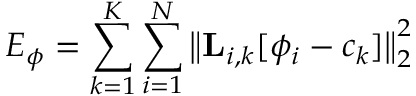
E _ { \phi } = \sum _ { k = 1 } ^ { K } \sum _ { i = 1 } ^ { N } \big \lVert { \bf L } _ { i , k } [ \phi _ { i } - c _ { k } ] \big \rVert _ { 2 } ^ { 2 }